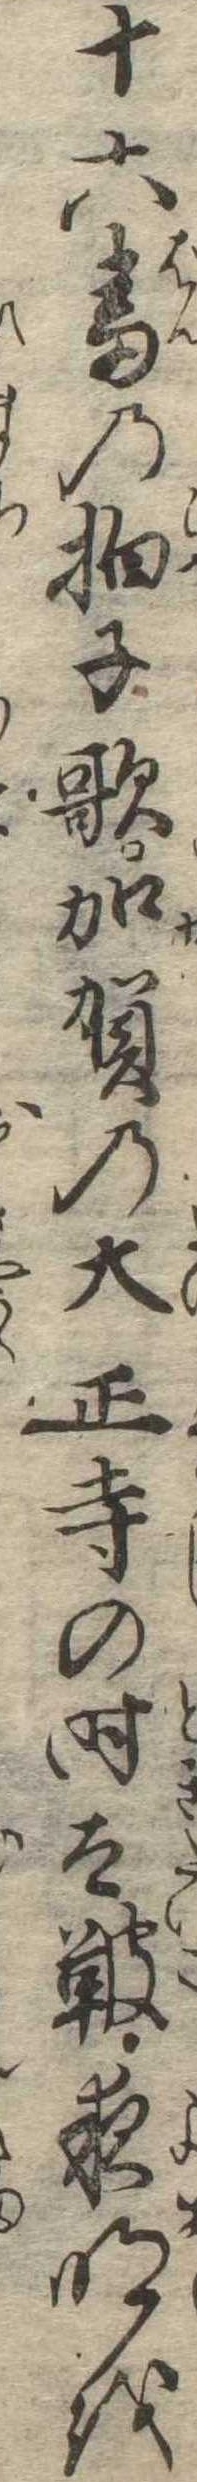
十六番の拍子歌加賀の大正寺の時太鞁夜明を